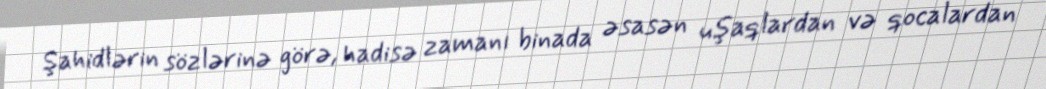
Şahidlərin sözlərinə görə, hadisə zamanı binada əsasən uşaqlardan və qocalardan